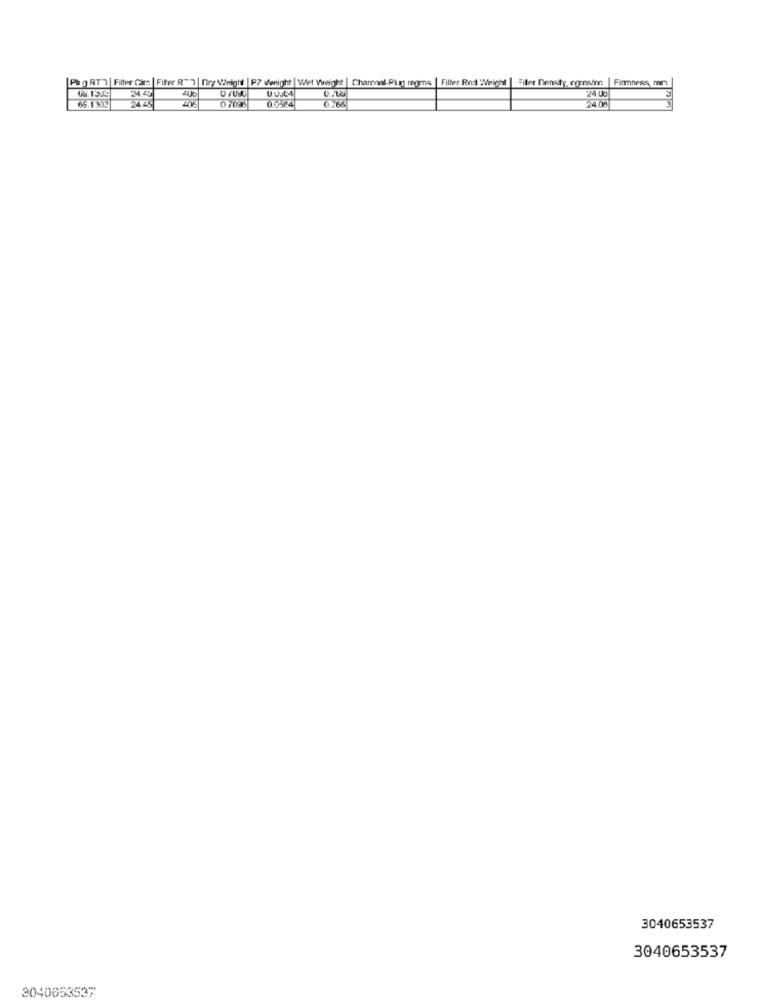
P&g RT7 | Filter Care | Fiter R") | Dry Wright | P7 vwnight |Wet Weight | Charcoal-Pin moms | Filter Rod "Might | Siter Densty cornsfr
Firmnesss mr
244.45
24.04
66.1303
F44
0.0564
3040653537
3040653537
3040653537